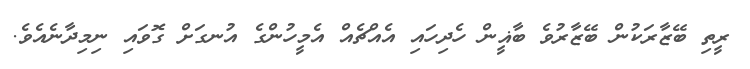
ރީތި ބޭޒާރަކުން ބޭޒާރުވެ ބާޣީން ހެދިހައި އެއްޗެއް އެމީހުންގެ އުނގަށް ގޮވައި ނިމިދާނެއެވެ.